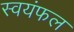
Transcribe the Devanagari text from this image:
स्वयंफल